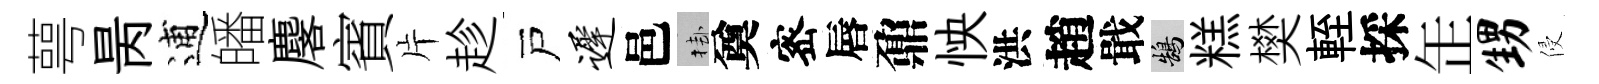
萼昺逋皤麐賓片趁戸迟邑挂奠宻唇鼐怏洪趙戢鵠糕樊輊採𦈢甥侵